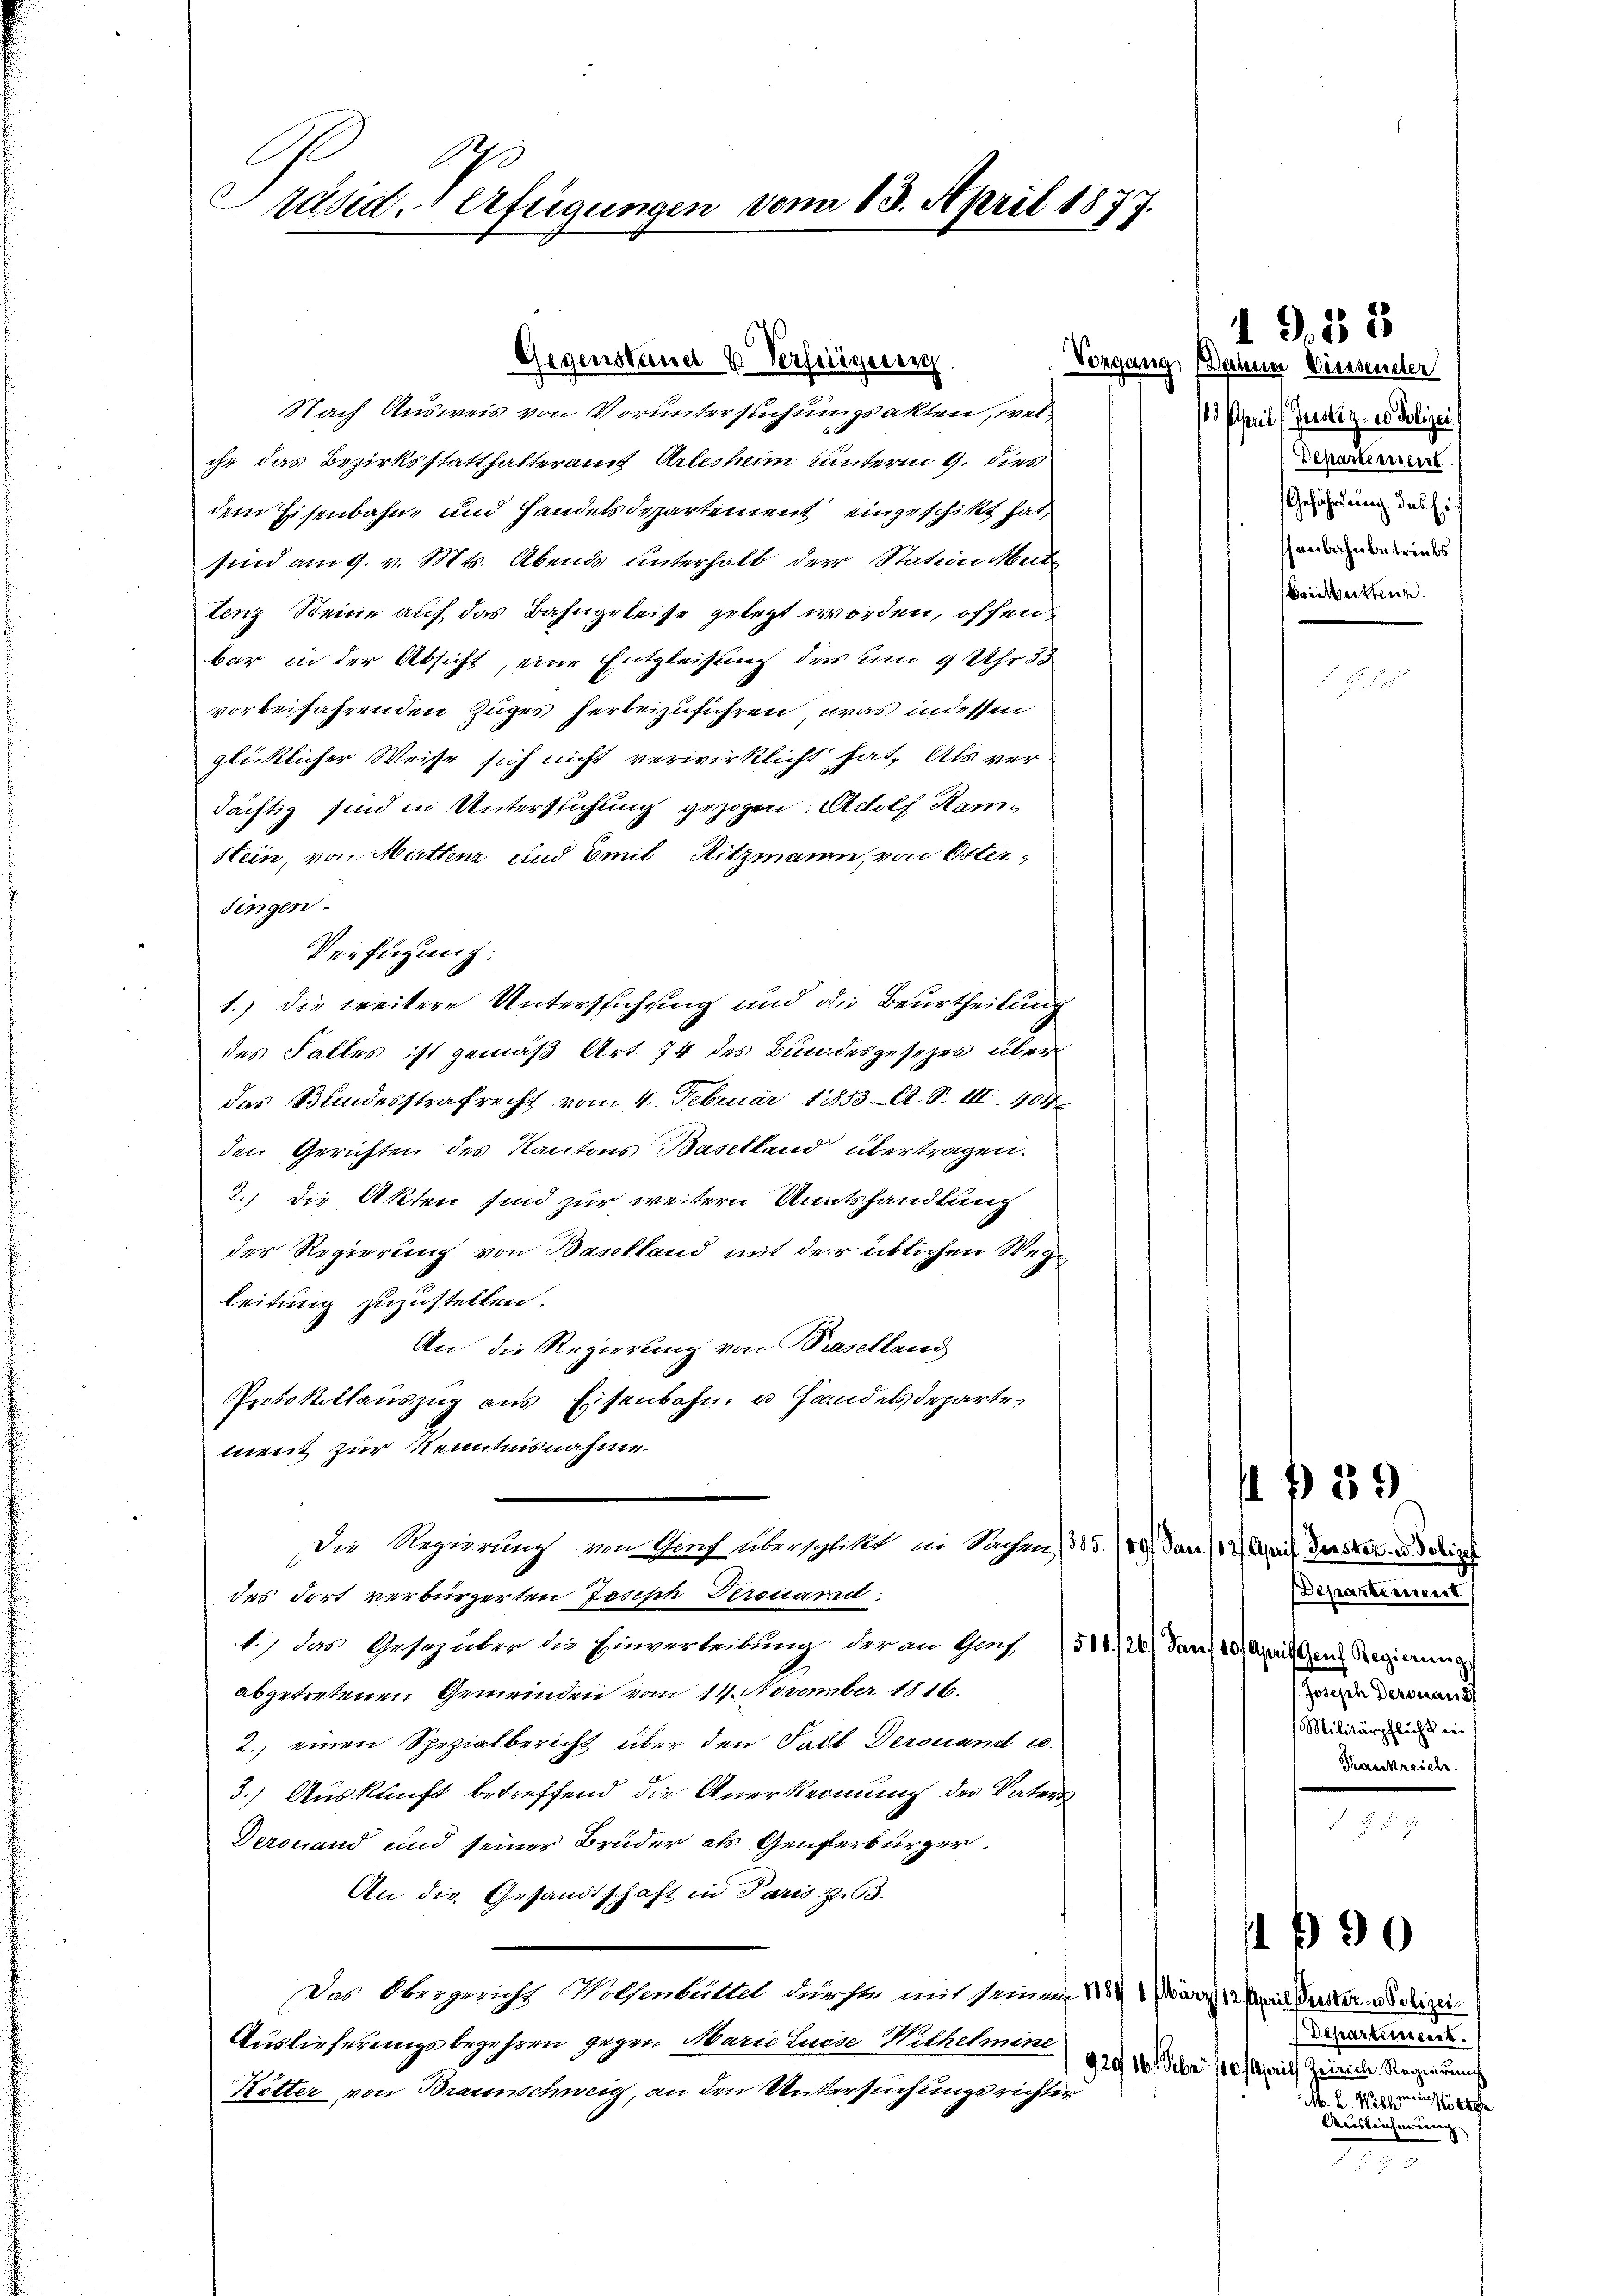
Präsid. Verfügungen vom 13. April 1877.

Gegensteiner 2 Verfeigener

Nach Ausweis von Voruntersuchungsakten, welihr das Bezirksstatthalteramt Arlesheim unterm 9. dies
dem Eisenbahn- und Handelsdepartement eingeschikt hat,
sind am 9. v. Mts. Abends unterhalb der Station Mut
tenz Steine auf das Bahngeleise gelegt worden, offen
bar in der Absicht, eine Entgleichung der um 9 Uhr 35
vorbeifahrenden Zuges herbeizuführen, was indessen
glücklicher Weise sich nicht verwirklicht hat. Als verdächtig sind in Unterstichung gezogen Adolf Ham¬
Hein, von Muttenz und Emil Ritzmann, von Ostersingen.
Verfügung:
1.) die weitere Untersuchung und die Beurtheilung
des Falles ist gemäß Art. 74 des Bundesgesezes über
das Bundesstrafrecht vom 4. Februar 18853 A. S. III. 404
den Gerichten des Kantons Baselland übertragen.
2.) Die Akten sind zur weitern Amtshandlung
der Regierung von Baselland mit der üblichen Wege
leitung zuzustellen.
An die Regierung von Piselland
Protokollauszug aus Eisenbahn u Handelsdeparte,
mnent zur Kenntnisnahme.
Die Regierung von Dorf überschlitt in Sachen 1315. 130. Jan. 117 April Verster obige
des Fort verbürgerten Joseph Perouand:
1.) das Gesez über die Einverleibung der an Gas (511/26) Dann 10. April Gens Regierung
abgetretenen Gemeinden vom 14. November 1816.
2.) einen Spezialbericht über den Paul Derouand u.
3.) Auskunft betreffend die Anerkennung der Vaters
Derouand und seiner Brüder als Genferbürger
An die Gesandtschaft in Paris z. 3.
Das Obergericht Wolfenbüttel durchte mit seinen 18 1/ärz 12 April Verster Polizei¬
Auslieferungsbegehren gegen Marie Luise Wilhelmine
Kötter von Braunschweig, an den Untersuchungsrichter

Vorgang ohner Weissender
6 Pfeil l. Justiz er Polizei
Departement
Gefährdung das Ei
senbahnbetriebs
beichnitten.

1 S. 32

Departement
Jorische derenanst
Militärpflicht in
Frankreich.

I 239

B90

Departiniert.
92016. Febr. 110 Aprill Zeiche Regierung

Auslieferung